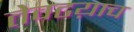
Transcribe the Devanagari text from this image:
तेवढय़ाच